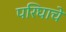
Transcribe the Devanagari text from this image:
परिघाचे